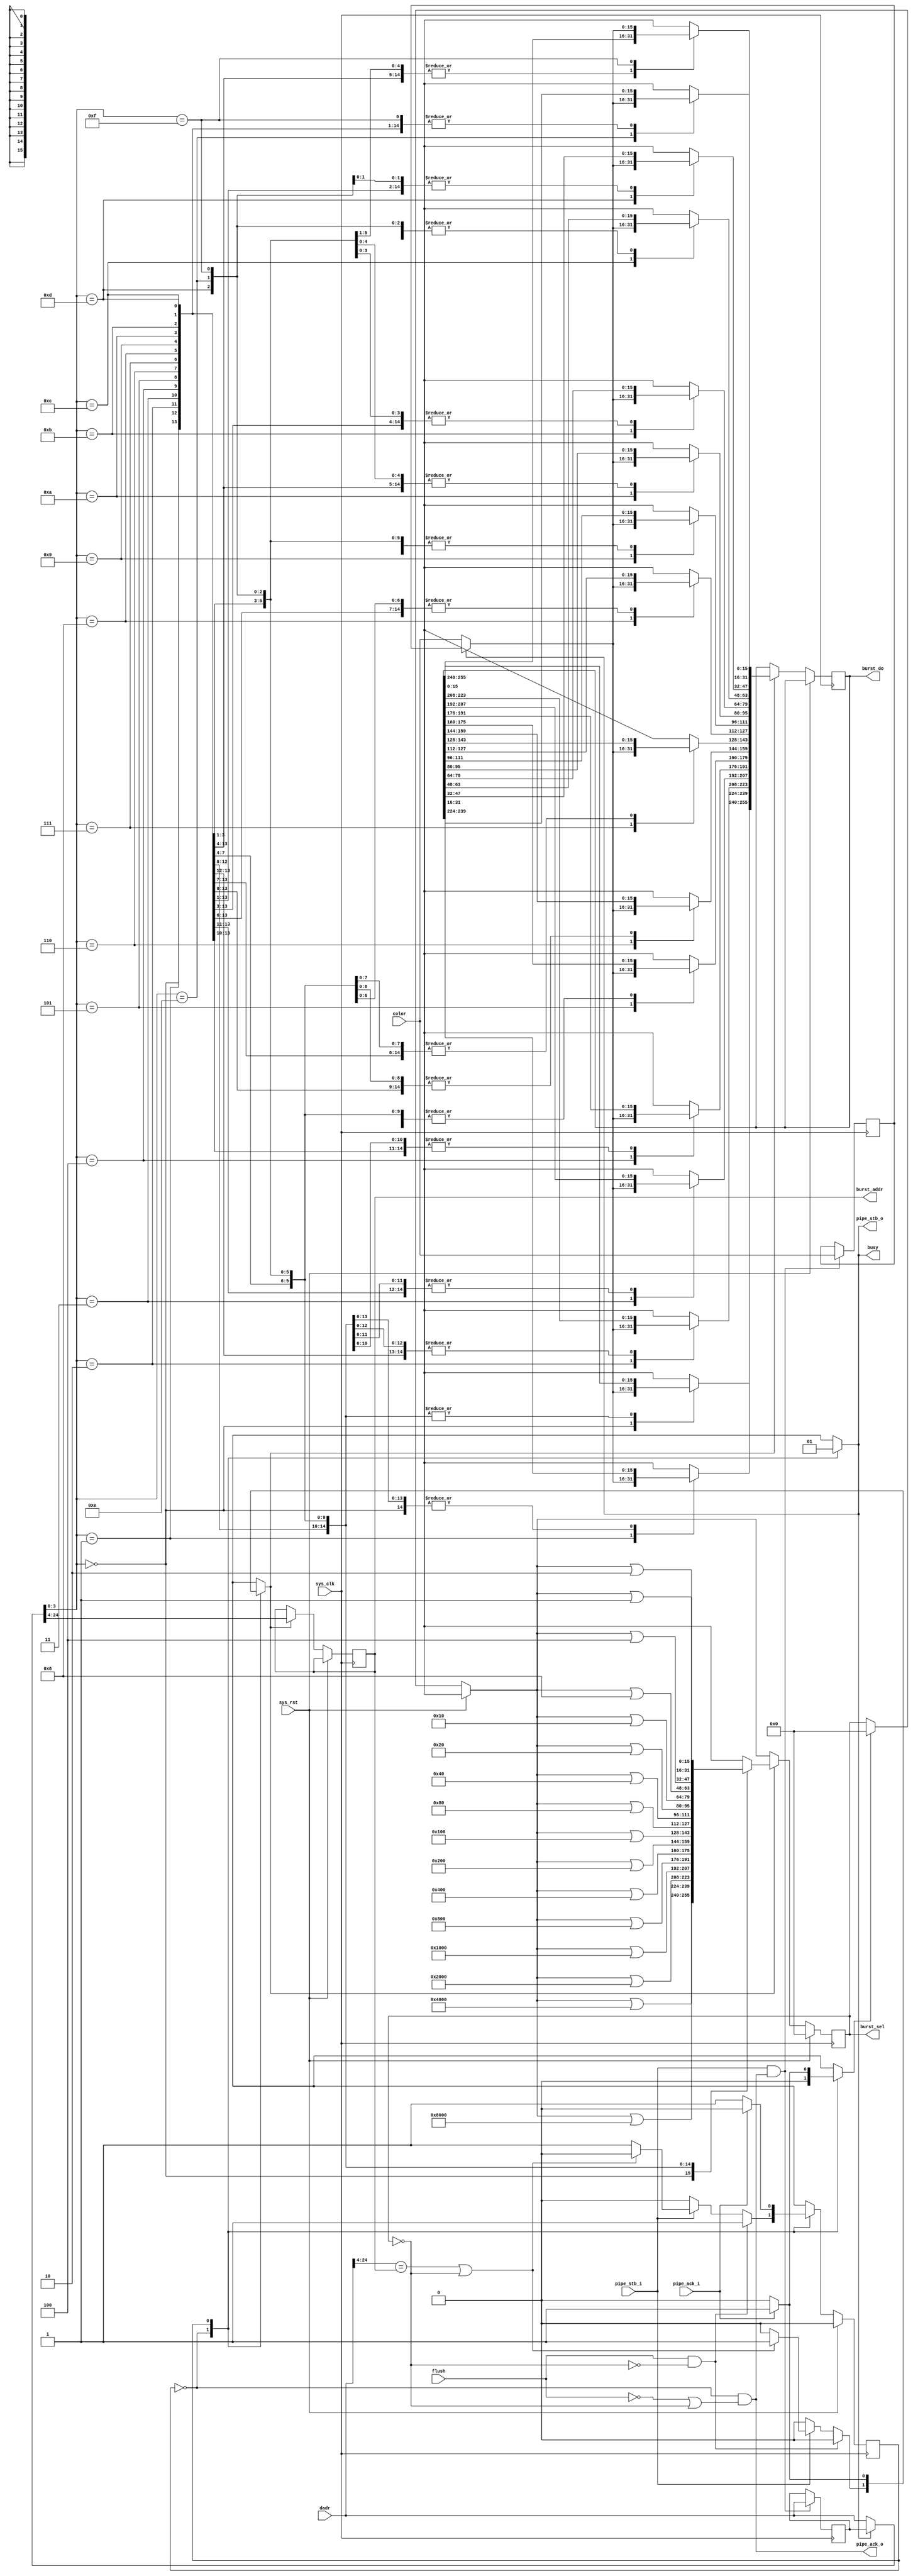
/*
 * Milkymist SoC
 * Copyright (C) 2007, 2008, 2009, 2010 Sebastien Bourdeauducq
 *
 * This program is free software: you can redistribute it and/or modify
 * it under the terms of the GNU General Public License as published by
 * the Free Software Foundation, version 3 of the License.
 *
 * This program is distributed in the hope that it will be useful,
 * but WITHOUT ANY WARRANTY; without even the implied warranty of
 * MERCHANTABILITY or FITNESS FOR A PARTICULAR PURPOSE.  See the
 * GNU General Public License for more details.
 *
 * You should have received a copy of the GNU General Public License
 * along with this program.  If not, see <http://www.gnu.org/licenses/>.
 */

module tmu2_burst #(
	parameter fml_depth = 26
) (
	input sys_clk,
	input sys_rst,
	
	input flush,
	output reg busy,
	
	input pipe_stb_i,
	output pipe_ack_o,
	input [15:0] color,
	input [fml_depth-1-1:0] dadr, /* in 16-bit words */
	
	output reg pipe_stb_o,
	input pipe_ack_i,
	output reg [fml_depth-5-1:0] burst_addr, /* in 256-bit words */
	/* 16-bit granularity selection that needs to be expanded
	 * to 8-bit granularity selection to drive the FML lines.
	 */
	output reg [15:0] burst_sel,
	output reg [255:0] burst_do
);

wire burst_hit = dadr[fml_depth-1-1:4] == burst_addr;

/* Always memorize input in case we have to ack a cycle we cannot immediately handle */
reg [15:0] color_r;
reg [fml_depth-1-1:0] dadr_r;
always @(posedge sys_clk) begin
	if(pipe_stb_i & pipe_ack_o) begin
		color_r <= color;
		dadr_r <= dadr;
	end
end

/* Write to the burst storage registers */
reg clear_en;
reg write_en;
reg use_memorized;
wire [15:0] color_mux = use_memorized ? color_r : color;
wire [fml_depth-1-1:0] dadr_mux = use_memorized ? dadr_r : dadr;
always @(posedge sys_clk) begin
	if(sys_rst)
		burst_sel = 16'd0;
	else begin
		if(clear_en)
			burst_sel = 16'd0;
		if(write_en) begin
			burst_addr = dadr_mux[fml_depth-1-1:4]; /* update tag */
			case(dadr_mux[3:0]) /* unmask */
				4'd00: burst_sel = burst_sel | 16'h8000;
				4'd01: burst_sel = burst_sel | 16'h4000;
				4'd02: burst_sel = burst_sel | 16'h2000;
				4'd03: burst_sel = burst_sel | 16'h1000;
				4'd04: burst_sel = burst_sel | 16'h0800;
				4'd05: burst_sel = burst_sel | 16'h0400;
				4'd06: burst_sel = burst_sel | 16'h0200;
				4'd07: burst_sel = burst_sel | 16'h0100;
				4'd08: burst_sel = burst_sel | 16'h0080;
				4'd09: burst_sel = burst_sel | 16'h0040;
				4'd10: burst_sel = burst_sel | 16'h0020;
				4'd11: burst_sel = burst_sel | 16'h0010;
				4'd12: burst_sel = burst_sel | 16'h0008;
				4'd13: burst_sel = burst_sel | 16'h0004;
				4'd14: burst_sel = burst_sel | 16'h0002;
				4'd15: burst_sel = burst_sel | 16'h0001;
			endcase
			case(dadr_mux[3:0]) /* register data */
				4'd00: burst_do[255:240] = color_mux;
				4'd01: burst_do[239:224] = color_mux;
				4'd02: burst_do[223:208] = color_mux;
				4'd03: burst_do[207:192] = color_mux;
				4'd04: burst_do[191:176] = color_mux;
				4'd05: burst_do[175:160] = color_mux;
				4'd06: burst_do[159:144] = color_mux;
				4'd07: burst_do[143:128] = color_mux;
				4'd08: burst_do[127:112] = color_mux;
				4'd09: burst_do[111: 96] = color_mux;
				4'd10: burst_do[ 95: 80] = color_mux;
				4'd11: burst_do[ 79: 64] = color_mux;
				4'd12: burst_do[ 63: 48] = color_mux;
				4'd13: burst_do[ 47: 32] = color_mux;
				4'd14: burst_do[ 31: 16] = color_mux;
				4'd15: burst_do[ 15:  0] = color_mux;
			endcase
		end
	end
end

wire empty = (burst_sel == 16'd0);

reg state;
reg next_state;

parameter RUNNING	= 1'b0;
parameter DOWNSTREAM	= 1'b1;

always @(posedge sys_clk) begin
	if(sys_rst)
		state <= RUNNING;
	else
		state <= next_state;
end

/*
 * generate pipe_ack_o using an assign statement to work around a bug in CVER
 */

assign pipe_ack_o = (state == RUNNING) & (~flush | empty);

always @(*) begin
	next_state = state;
	busy = 1'b1;
	// CVER WA (see above) pipe_ack_o = 1'b0;
	pipe_stb_o = 1'b0;
	write_en = 1'b0;
	clear_en = 1'b0;
	use_memorized = 1'b0;
	
	case(state)
		RUNNING: begin
			busy = 1'b0;
			if(flush & ~empty)
				next_state = DOWNSTREAM;
			else begin
				// CVER WA (see above) pipe_ack_o = 1'b1;
				if(pipe_stb_i) begin
					if(burst_hit | empty)
						write_en = 1'b1;
					else
						next_state = DOWNSTREAM;
				end
			end
		end
		DOWNSTREAM: begin
			pipe_stb_o = 1'b1;
			use_memorized = 1'b1;
			if(pipe_ack_i) begin
				clear_en = 1'b1;
				write_en = 1'b1;
				next_state = RUNNING;
			end
		end
	endcase
end

endmodule